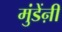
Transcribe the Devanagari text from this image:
मुंडेंऩी